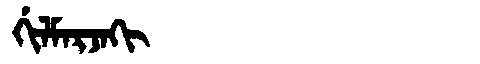
Manchu: ᡤᡳᠯᠮᠠᡵᠵᠠᡴᡳ
Romanization: GILMARJAKI